Report of the Hyderabad Chloroform Commission
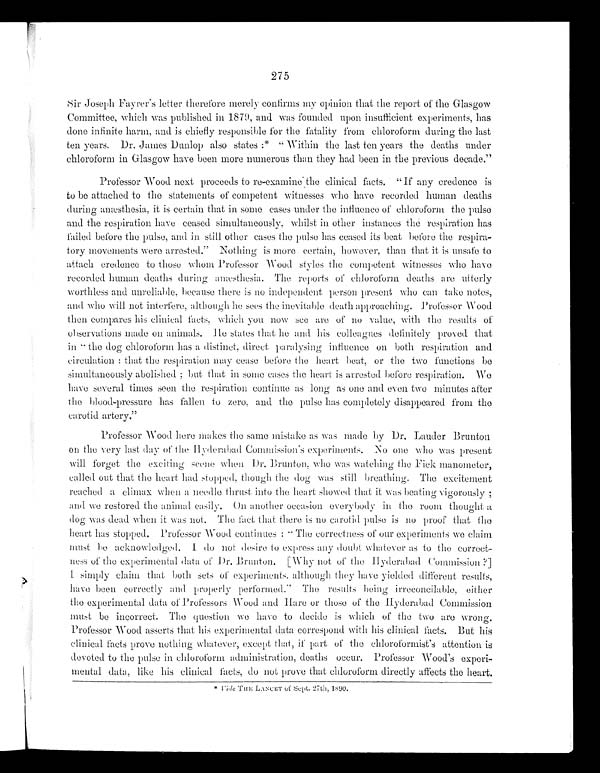
275
Sir Joseph Fayrer's letter therefore merely confirms my opinion that the report of the Glasgow
Committee, which was published in 1879, and was founded upon insufficient experiments, has
done infinite harm, and is chiefly responsible for the fatality from chloroform during the last
ten years. Dr. James Dunlop also states:* "Within the last ten years the deaths under
chloroform in Glasgow have been more numerous than they had been in the previous decade."
Professor Wood next proceeds to re-examine the clinical facts. "If any credence is
to be attached to the statements of competent witnesses who have recorded human deaths
during anæsthesia, it is certain that in some cases under the influence of chloroform the pulse
and the respiration have ceased simultaneously, whilst in other instances the respiration has
failed before the pulse, and in still other cases the pulse has ceased its beat before the respira
-tory movements were arrested." Nothing is more certain, however, than that it is unsafe to
attach credence to those whom Professor Wood styles the competent witnesses who have
recorded human deaths during anæsthesia. The reports of chloroform deaths are utterly
worthless and unreliable, because there is no independent person present who can take notes,
and who will not interfere, although he sees the inevitable death approaching. Professor Wood
then compares his clinical facts, which you now see are of no value, with the results of
observations made on animals. He states that he and his colleagues definitely proved that
in "the dog chloroform has a distinct, direct paralysing influence on both respiration and
circulation: that the respiration may cease before the heart beat, or the two functions be
simultaneously abolished; but that in some cases the heart is arrested before respiration. We
have several times seen the respiration continue as long as one and even two minutes after
the blood-pressure has fallen to zero, and the pulse has completely disappeared from the
carotid artery."
Professor Wood here, makes the same mistake as was made by Dr. Lauder Brunton
on the very last day of the Hyderabad Commission's experiments. No one who was present
will forget the exciting scene when Dr. Brunton, who was watching the Fick manometer,
called out that the heart had stopped, though the dog was still breathing. The excitement
reached a climax when a needle thrust into the heart showed that it was beating vigorously;
and we restored the animal easily. On another occasion everybody in the room thought
a dog was dead when it was not. The fact that there is no carotid pulse is no proof that the
heart has stopped. Professor Wood continues: "The correctness of our experiments we claim
must be acknowledged. I do not desire to express any doubt whatever as to the correct
-ness of the experimental data of Dr. Brunton. [Why not of the Hyderabad Commission?]
I simply claim that both sets of experiments, although they have yielded different results,
have been correctly and properly performed." The results being irreconcilable, either
the experimental data of Professors Wood and Hare or those of the Hyderabad Commission
must be incorrect. The question we have to decide is which of the two are wrong.
Professor Wood asserts that his experimental data correspond with his clinical facts. But his
clinical facts prove nothing whatever, except that, if part of the chloroformist's attention is
devoted to the pulse in chloroform administration, deaths occur. Professor Wood's experi
-mental data, like his clinical facts, do not prove that chloroform directly affects the heart.
* Vide THE LANCET of Sept. 27th, 1890.